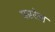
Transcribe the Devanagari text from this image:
फारेल